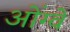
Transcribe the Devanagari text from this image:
ओंग्वें